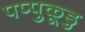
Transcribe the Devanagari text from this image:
पप्पुकूडु